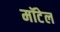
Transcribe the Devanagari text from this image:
मॉटेल